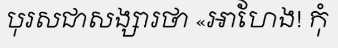
បុរសជាសង្សារថា «អាហែង! កុំ